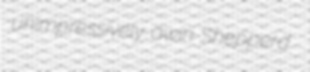
unimpressively awin Shepperd